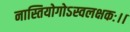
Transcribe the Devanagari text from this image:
नास्तियोगोऽस्वलक्षकः।।